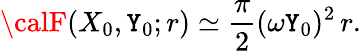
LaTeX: {\calF}(X_{0},\mathtt{Y}_{0};r)\simeq\frac{{\pi}}{{2}}(\omega\mathtt{Y}_{0})^{2}\, r.